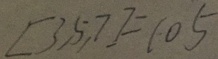
[ 3 , 5 , 7 ] = 1 0 5